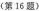
(第16题)